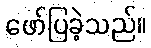
ဖော်ပြခဲ့သည်။